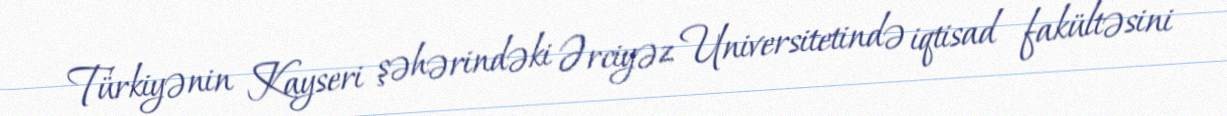
Türkiyənin Kayseri şəhərindəki Ərciyəz Universitetində iqtisad fakültəsini